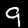
Digit: 9